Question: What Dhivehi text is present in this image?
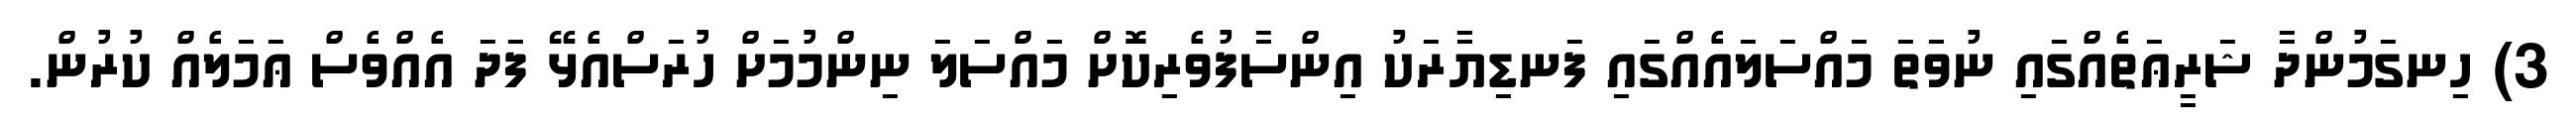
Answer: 3) ހިނގަމުންދާ ޝަރީޢަތެއްގައި ނުވަތަ މައްސަލައެއްގައި ފަނޑިޔާރަކު އިންސާފުވެރިކޮށް މައްސަލަ ނިންމުމަށް ހުރަސްއެޅޭ ފަދަ އެއްވެސް ޢަމަލެއް ކުރުން.